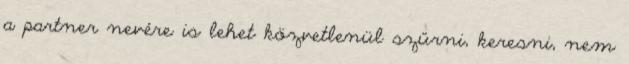
a partner nevére is lehet közvetlenül szűrni, keresni, nem